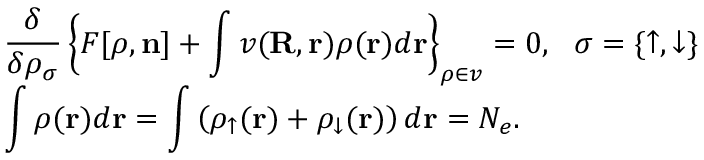
\begin{array} { l } { { \displaystyle \frac { \delta } { \delta \rho _ { \sigma } } \left\{ { \cal F } [ { \boldsymbol \rho } , { \bf n } ] + \int v ( { \bf R , r } ) \rho ( { \bf r } ) d { \bf r } \right\} _ { { \boldsymbol \rho } \in v } = 0 , ~ ~ \sigma = \{ \uparrow , \downarrow \} } \ ~ } \\ { { \displaystyle \int \rho ( { \bf r } ) d { \bf r } = \int \left( \rho _ { \uparrow } ( { \bf r } ) + \rho _ { \downarrow } ( { \bf r } ) \right) d { \bf r } = N _ { e } } . } \end{array}